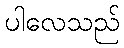
ပါလေသည်